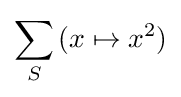
\sum _{S}{(x\mapsto x^{2})}